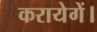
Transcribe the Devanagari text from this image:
करायेगें।